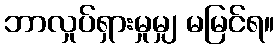
ဘာလှုပ်ရှားမှုမျှ မမြင်ရ။